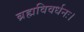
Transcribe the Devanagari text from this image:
ब्रह्मविवर्धनः।